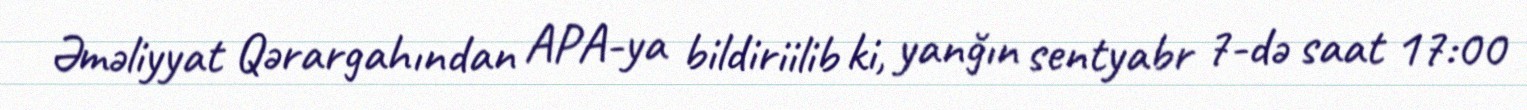
Əməliyyat Qərargahından APA-ya bildiriilib ki, yanğın sentyabr 7-də saat 17:00